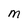
Character: M